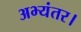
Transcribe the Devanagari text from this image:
अभ्यंतर।